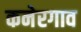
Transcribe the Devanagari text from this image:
कनेरगाव